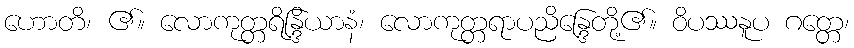
ဟောတိ၊ ၏။ လောကုတ္တရိန္ဒြိယာနံ၊ လောကုတ္တရာပညိန္ဒြေတို့၏။ ဝိပဿနူပ ဂတ္တေ၊